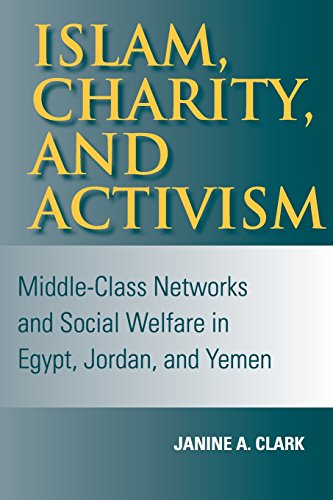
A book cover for Islam, Charity, and Activism: Middle-Class Networks and Social Welfare in Egypt, Jordan, and Yemen (Indiana Series in Middle East Studies); Janine A. Clark; History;